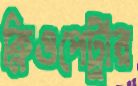
ক্লিওপেট্রার